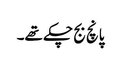
پانچ بج چکے تھے۔